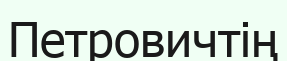
Петровичтің